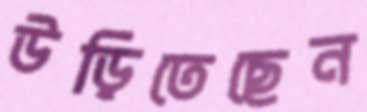
উড়িতেছেন